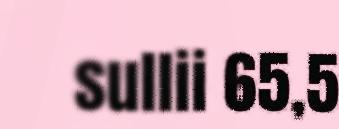
sullii 65,5